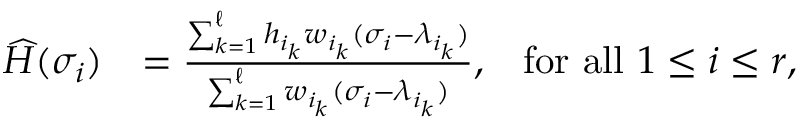
\begin{array} { r l r } { \ensuremath { \skew 4 \widehat { H } } ( \sigma _ { i } ) } & { = \frac { \sum _ { k = 1 } ^ { \ell } h _ { i _ { k } } w _ { i _ { k } } ( \sigma _ { i } - \lambda _ { i _ { k } } ) } { \sum _ { k = 1 } ^ { \ell } w _ { i _ { k } } ( \sigma _ { i } - \lambda _ { i _ { k } } ) } , } & { \mathrm { f o r ~ a l l } ~ 1 \leq i \leq r , } \end{array}